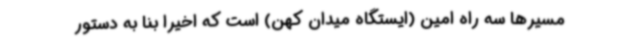
مسیرها سه راه امین (ایستگاه میدان کهن) است که اخیرا بنا به دستور